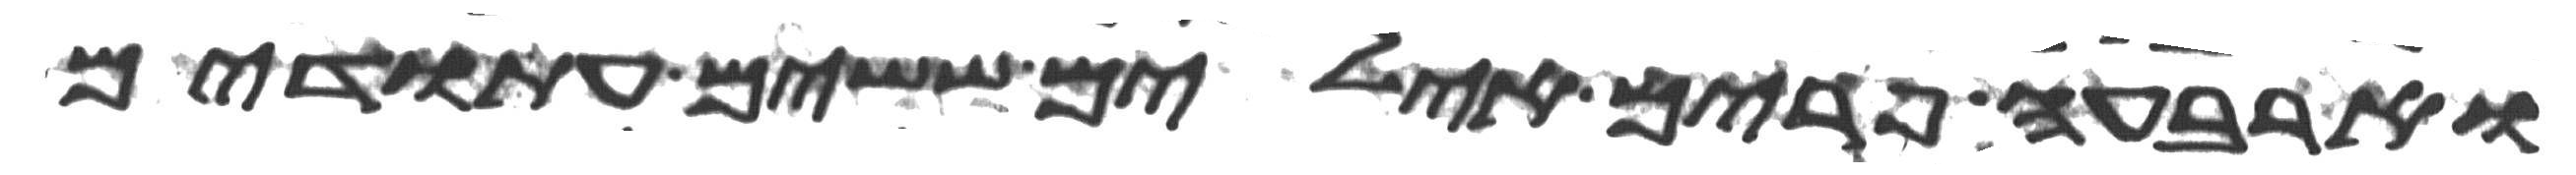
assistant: וארבעה פרים אילים ששים עתודים